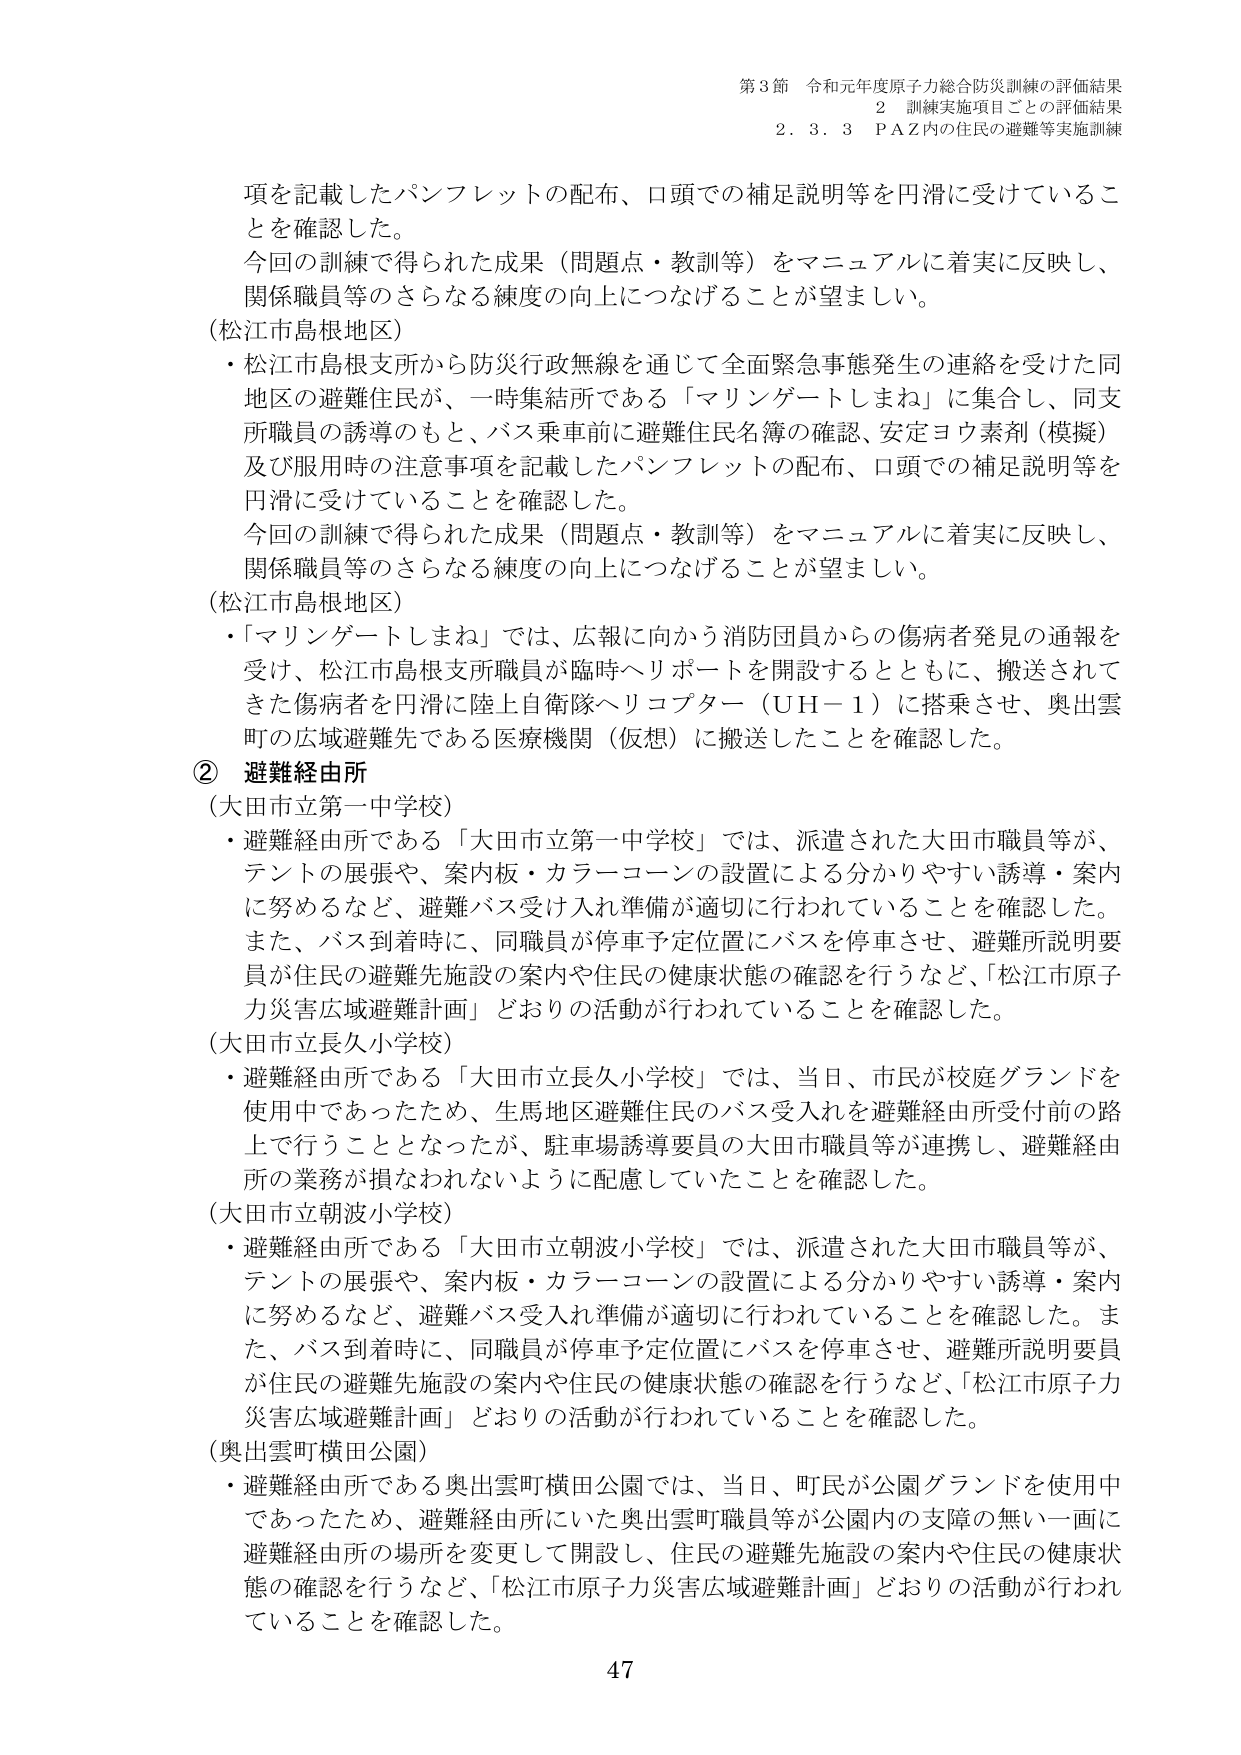
第3節 令和元年度原子力総合防災訓練の評価結果
2 訓練実施項目ごとの評価結果
2.3.3 P A Z内の住民の避難等実施訓練

項を記載したパンフレットの配布、口頭での補足説明等を円滑に受けていることを確認した。
今回の訓練で得られた成果（問題点・教訓等）をマニュアルに着実に反映し、
関係職員等のさらなる練度の向上につなげることが望ましい。

（松江市島根地区）
・松江市島根支所から防災行政無線を通じて全面緊急事態発生の連絡を受けた同地区の避難住民が、一時集結所である「マリンゲートしまね」に集合し、同支所職員の誘導のもと、バス乗車前に避難住民名簿の確認、安定ヨウ素剤（模擬）及び服用時の注意事項を記載したパンフレットの配布、口頭での補足説明等を円滑に受けていることを確認した。
今回の訓練で得られた成果（問題点・教訓等）をマニュアルに着実に反映し、
関係職員等のさらなる練度の向上につなげることが望ましい。

（松江市島根地区）
・「マリンゲートしまね」では、広報に向かう消防団員からの傷病者発見の通報を受け、松江市島根支所職員が臨時ヘリポートを開設するとともに、搬送されてきた傷病者を円滑に陸上自衛隊ヘリコプター（UH－1）に搭乗させ、奥出雲町の広域避難先である医療機関（仮想）に搬送したことを確認した。

② 避難経由所
（大田市立第一中学校）
・避難経由所である「大田市立第一中学校」では、派遣された大田市職員等が、テントの展張や、案内板・カラーコーンの設置による分かりやすい誘導・案内に努めるなど、避難バス受け入れ準備が適切に行われていることを確認した。また、バス到着時に、同職員が停車予定位置にバスを停車させ、避難所説明要員が住民の避難先施設の案内や住民の健康状態の確認を行うなど、「松江市原子力災害広域避難計画」どおりの活動が行われていることを確認した。

（大田市立長久小学校）
・避難経由所である「大田市立長久小学校」では、当日、市民が校庭グランドを使用中であったため、生馬地区避難住民のバス受入れを避難経由所受付前の路上で行うこととなったが、駐車場誘導要員の大田市職員等が連携し、避難経由所の業務が損なわれないように配慮していたことを確認した。

（大田市立朝波小学校）
・避難経由所である「大田市立朝波小学校」では、派遣された大田市職員等が、テントの展張や、案内板・カラーコーンの設置による分かりやすい誘導・案内に努めるなど、避難バス受け入れ準備が適切に行われていることを確認した。また、バス到着時に、同職員が停車予定位置にバスを停車させ、避難所説明要員が住民の避難先施設の案内や住民の健康状態の確認を行うなど、「松江市原子力災害広域避難計画」どおりの活動が行われていることを確認した。

（奥出雲町横田公園）
・避難経由所である奥出雲町横田公園では、当日、町民が公園グランドを使用中であったため、避難経由所にいた奥出雲町職員等が公園内の支障の無い一画に避難経由所の場所を変更して開設し、住民の避難先施設の案内や住民の健康状態の確認を行うなど、「松江市原子力災害広域避難計画」どおりの活動が行われていることを確認した。

47